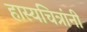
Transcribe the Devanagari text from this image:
हास्यचित्रांनी